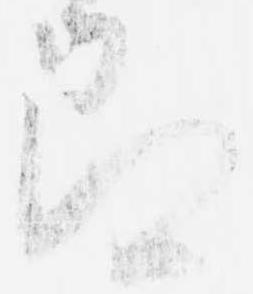
即